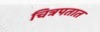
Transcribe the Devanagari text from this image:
चित्रपतात